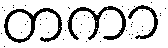
တကာ